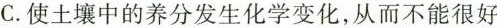
C.使土壤中的养分发生化学变化，从而不能很好